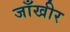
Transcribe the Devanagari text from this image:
जाँखीर